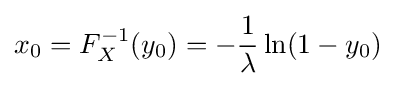
x_{0}=F_{X}^{-1}(y_{0})=-{\frac {1}{\lambda }}\ln(1-y_{0})